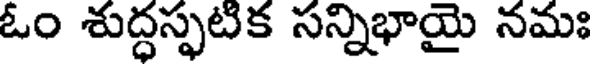
ఓం శుద్ధస్ఫటిక సన్నిభాయై నమః